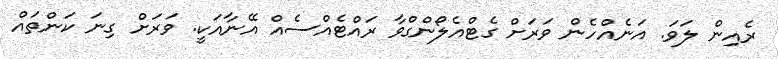
ރެއިން ލަވަ. އަނެއްހެން ވަރަށް ގެޓްއެލޯންގްވާ ރައްޓެއްސެއް އޭނާއަކީ. ވަރަށް ގިނަ ކަންތައް